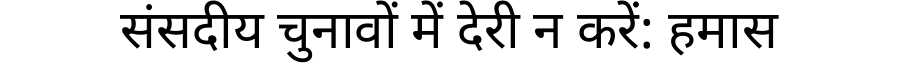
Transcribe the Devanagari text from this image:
संसदीय चुनावों में देरी न करें: हमास